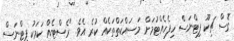
ގޮސް ޗިކޫ ފިޓްނަސް ހިފެހެއްޓުމަށް މަސައްކަތްތަކެއް ކުރެ އެވެ. "ރެސްޓެއް ކަމަކު ފިޓްނަސް